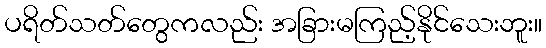
ပရိတ်သတ်တွေကလည်း အခြားမကြည့်နိုင်သေးဘူး။